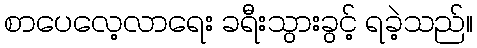
စာပေလေ့လာရေး ခရီးသွားခွင့် ရခဲ့သည်။